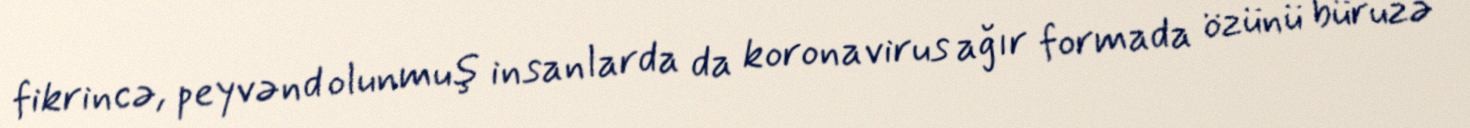
fikrincə, peyvənd olunmuş insanlarda da koronavirus ağır formada özünü büruzə